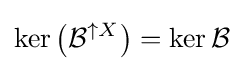
\ker \left({\mathcal {B}}^{\uparrow X}\right)=\ker {\mathcal {B}}